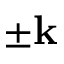
\pm \mathbf { k }